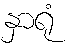
နှာရုံ